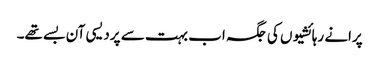
پرانے رہائشیوں کی جگہ اب بہت سے پردیسی آن بسے تھے۔